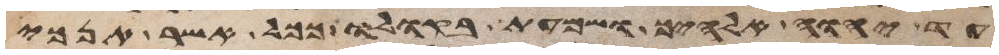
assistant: עד יהוה אלהיך ושמעת בקולו ככל אשר אנכי